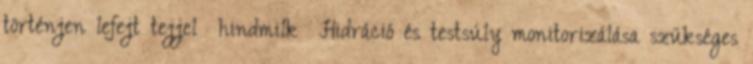
történjen lefejt tejjel hindmilk Hidráció és testsúly monitorizálása szükséges